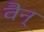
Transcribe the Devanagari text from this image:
वैन्